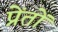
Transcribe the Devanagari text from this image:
प्रेंतों